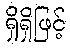
ရှိရှိဖြင့်